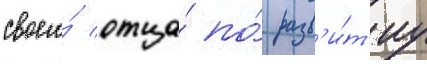
своего́ отца́ по́ разв'и́т'иу